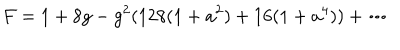
F = 1 + 8 g - g ^ { 2 } ( 1 2 8 ( 1 + a ^ { 2 } ) + 1 6 ( 1 + a ^ { 4 } ) ) + \cdots